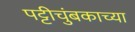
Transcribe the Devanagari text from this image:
पट्टीचुंबकाच्या